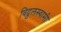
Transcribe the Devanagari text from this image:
विट्ठलस्वामी